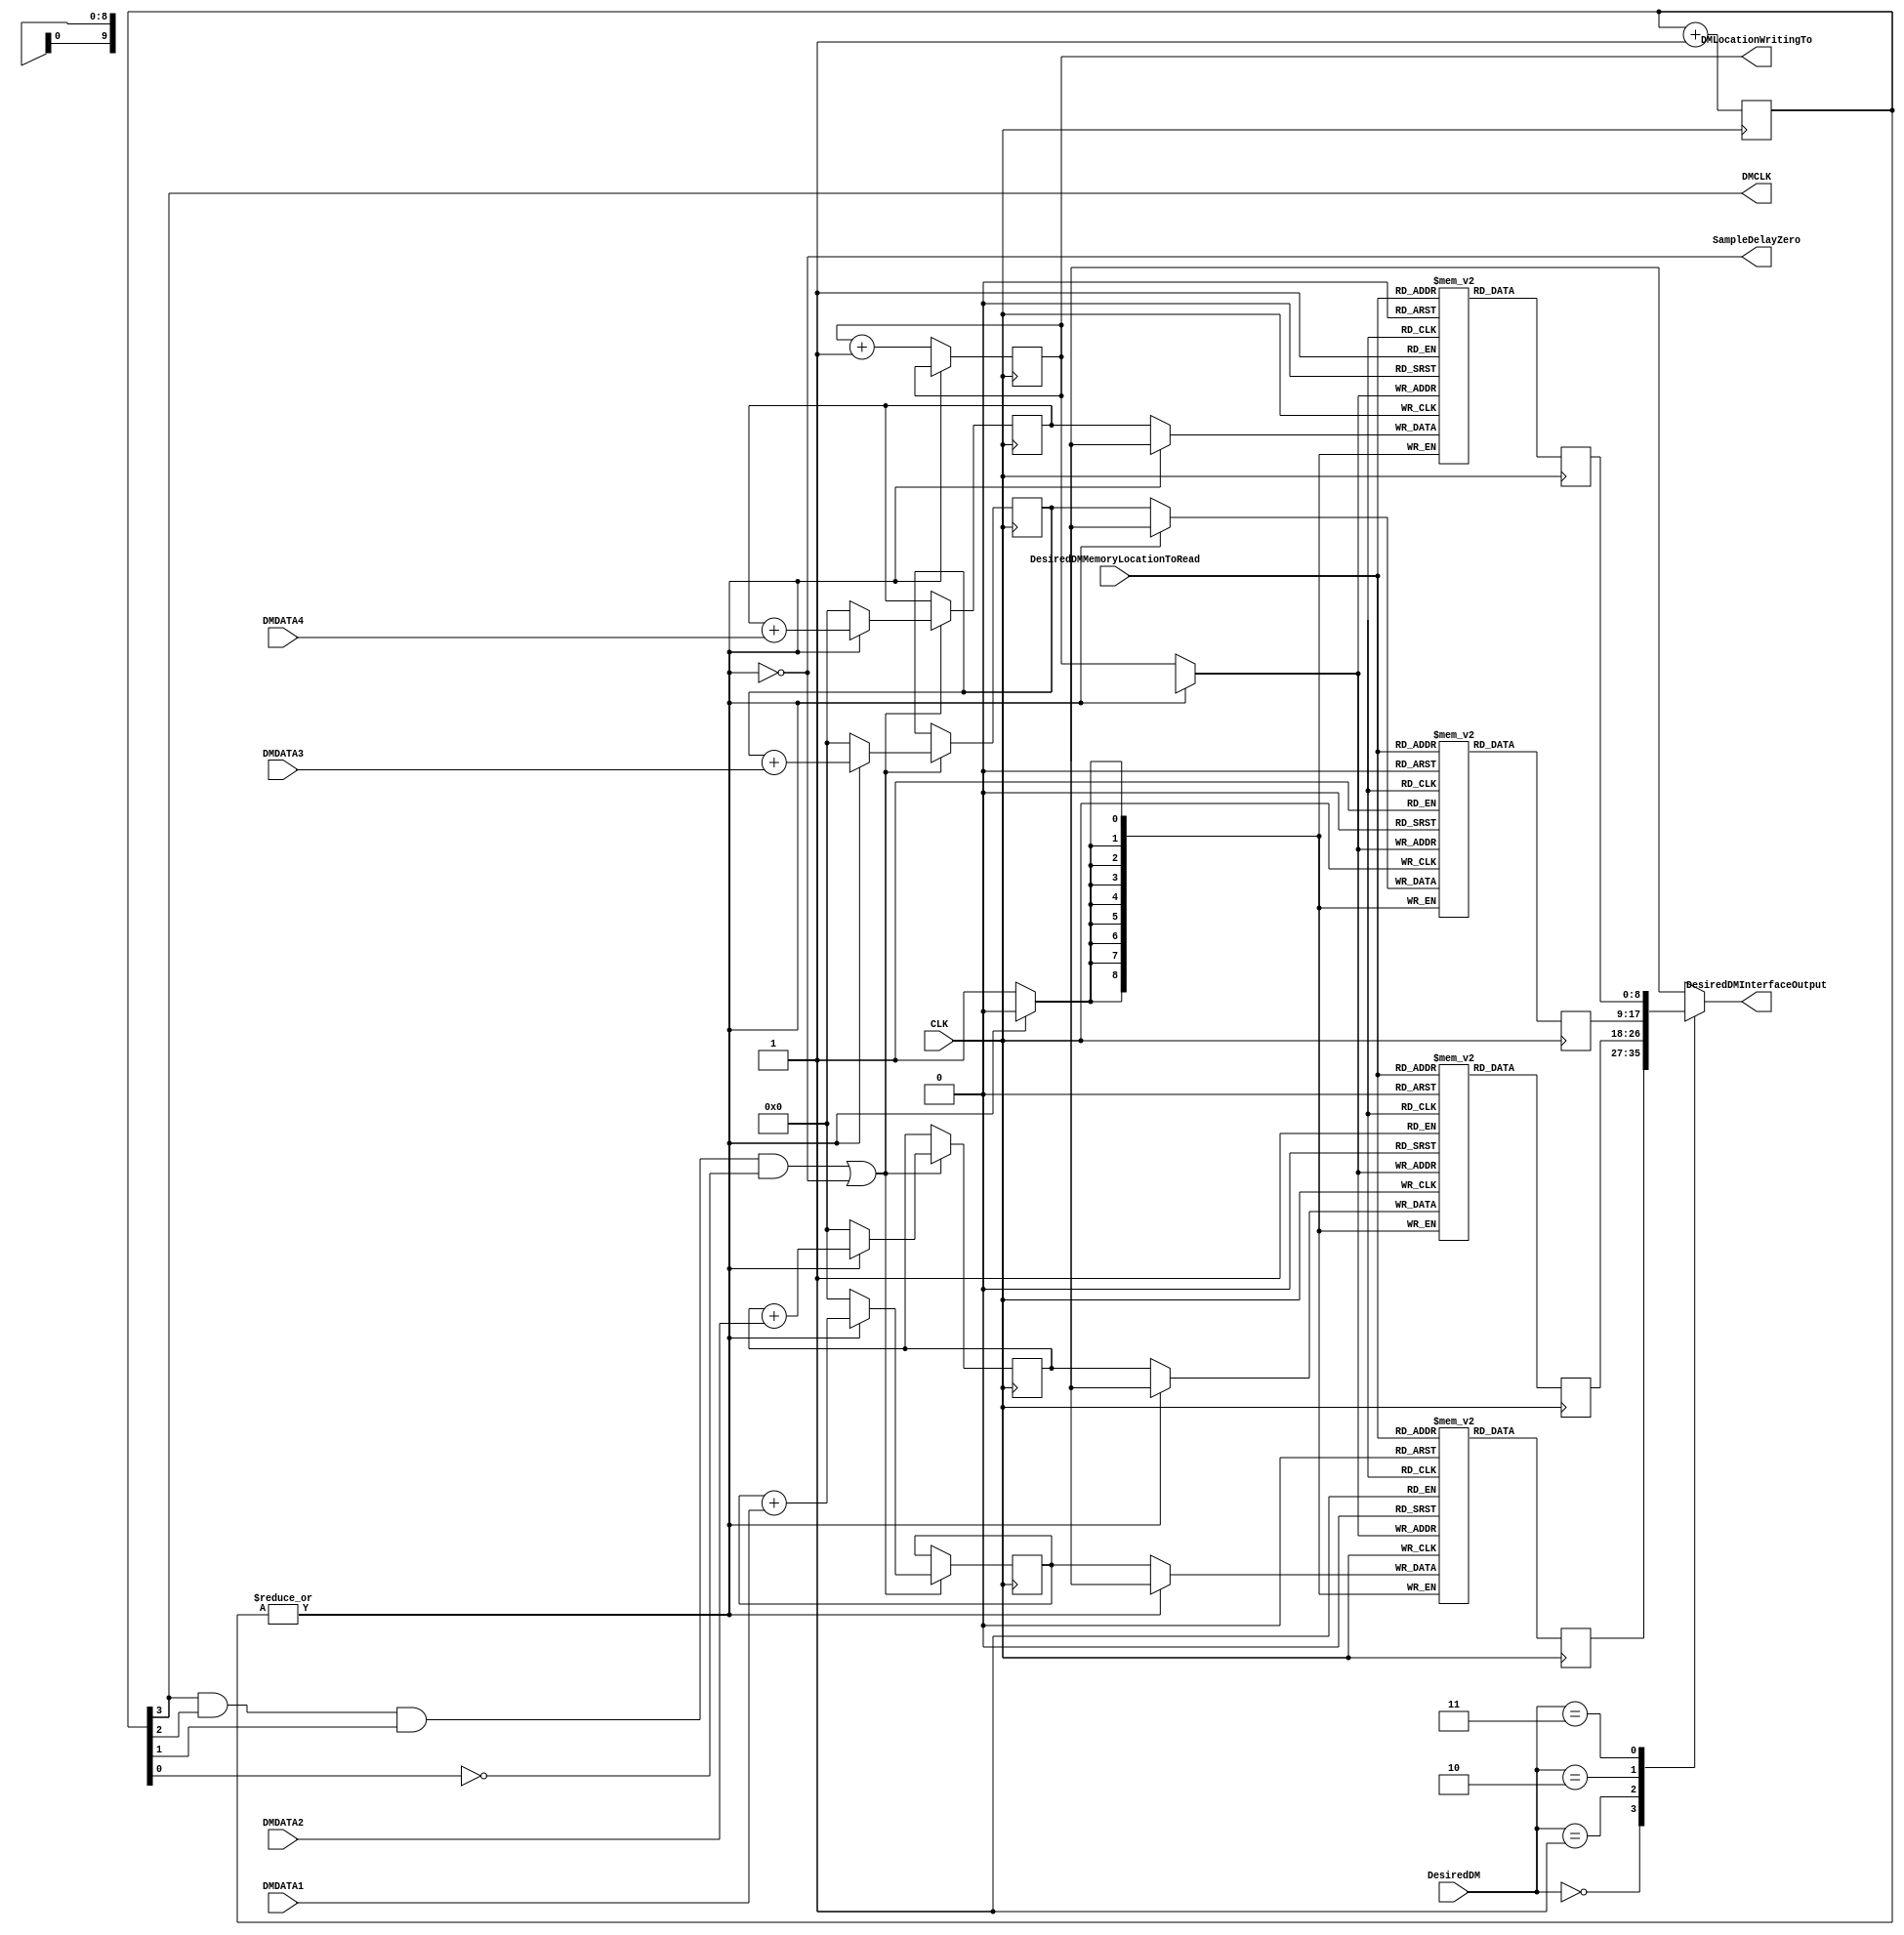
`timescale 1ns / 1ps
//////////////////////////////////////////////////////////////////////////////////
// Design Name:    EMU Device
// Module Name:    DigiMic_Interface
//////////////////////////////////////////////////////////////////////////////////


module DigiMic_Interface(
CLK, 
DesiredDMMemoryLocationToRead, 
DMLocationWritingTo, 
SampleDelayZero,
DesiredDMInterfaceOutput,
DMCLK,
DMDATA1,
DMDATA2,
DMDATA3,
DMDATA4,
DesiredDM
);



input          CLK, DMDATA1, DMDATA2, DMDATA3, DMDATA4;
input  [1:0]   DesiredDM;
input  [9:0]   DesiredDMMemoryLocationToRead;      //Selects location from chosen array.
output         DMCLK, SampleDelayZero;
output [9:0]   DMLocationWritingTo;                //Beware of simultaneous write + read.
output [8:0]   DesiredDMInterfaceOutput;           //The value from the chosen array and location.


reg [8:0]      DMAdder1, DMAdder2, DMAdder3, DMAdder4;
reg [9:0]      DMLocationWritingTo;
reg [8:0]      DesiredDMInterfaceOutput1, DesiredDMInterfaceOutput2, DesiredDMInterfaceOutput3, DesiredDMInterfaceOutput4;
reg [12:0]     SampleDelayCount;

wire           DMCLK, DMDATA1, DMDATA2, DMDATA3, DMDATA4, SampleDelayZero;
wire [1:0]     DesiredDM;

reg [8:0]      DesiredDMInterfaceOutput;

   (* RAM_STYLE="{auto | block |  block_power1 | block_power2}" *)
reg [8:0]      StoredDMValues1 [1023:0];   //512*2 = 1024
   (* RAM_STYLE="{auto | block |  block_power1 | block_power2}" *)
reg [8:0]      StoredDMValues2 [1023:0];   //512*2 = 1024
   (* RAM_STYLE="{auto | block |  block_power1 | block_power2}" *)
reg [8:0]      StoredDMValues3 [1023:0];   //512*2 = 1024
   (* RAM_STYLE="{auto | block |  block_power1 | block_power2}" *)
reg [8:0]      StoredDMValues4 [1023:0];   //512*2 = 1024



/* ////////////////////////////////////////////////////////////

                         Main Code

*/ ////////////////////////////////////////////////////////////

assign   DMCLK = SampleDelayCount[3];  

//Divides the clock by 16, giving a result that syncs with the SampleDelayCount. 
//Every sampling interval, this will send 8,192 / 16, or 512 clock signals to the DigiMic.

// SampleDelayCount 50000000 / 16........./512 ....   Should be 512 * 16 = 8192, or 13 bits gives 12:0

assign SampleDelayZero = ~| SampleDelayCount;    // States that a single data point has been made, ie all 512 bits have been counted

always @(posedge CLK)
begin 
  SampleDelayCount <= SampleDelayCount + 1;  // Out of a maximum of 8,191.
end

always @(posedge CLK)
begin
  if (SampleDelayZero)
  begin
    DMLocationWritingTo <= DMLocationWritingTo + 1;
  end
end


assign    DMRead = (SampleDelayCount[3] && SampleDelayCount[2] && SampleDelayCount[1] && !SampleDelayCount[0]);



////////////////////////////////////////////////////////////////////////////////////////////////////////////////////////////////////////////



always @(posedge CLK)
begin
  if (DMRead || SampleDelayZero)
  begin
    if (SampleDelayZero)
    begin
      DMAdder1 <= 0;
    end
    
    else
    begin
      DMAdder1 <= DMAdder1 + DMDATA1;
    end
  end
end


always @(posedge CLK)
begin
  if (DMRead || SampleDelayZero)
  begin
    if (SampleDelayZero)
    begin
      DMAdder2 <= 0;
    end
    
    else
    begin
      DMAdder2 <= DMAdder2 + DMDATA2;
    end
  end
end


always @(posedge CLK)
begin
  if (DMRead || SampleDelayZero)
  begin
    if (SampleDelayZero)
    begin
      DMAdder3 <= 0;
    end
    
    else
    begin
      DMAdder3 <= DMAdder3 + DMDATA3;
    end
  end
end


always @(posedge CLK)
begin
  if (DMRead || SampleDelayZero)
  begin
    if (SampleDelayZero)
    begin
      DMAdder4 <= 0;
    end
    
    else
    begin
      DMAdder4 <= DMAdder4 + DMDATA4;
    end
  end
end


////////////////////////////////////////////////////////////////////////////////////////////////////////////////////////////////


always @(posedge CLK)
begin
  if (SampleDelayZero)
  begin
    StoredDMValues1[DMLocationWritingTo] <= DMAdder1[8:0];
  end
  
  DesiredDMInterfaceOutput1[8:0] <= StoredDMValues1[DesiredDMMemoryLocationToRead];
end

always @(posedge CLK)
begin
  if (SampleDelayZero)
  begin
    StoredDMValues2[DMLocationWritingTo] <= DMAdder2[8:0];
  end
  
  DesiredDMInterfaceOutput2[8:0] <= StoredDMValues2[DesiredDMMemoryLocationToRead];
end

always @(posedge CLK)
begin
  if (SampleDelayZero)
  begin
    StoredDMValues3[DMLocationWritingTo] <= DMAdder3[8:0];
  end
  
  DesiredDMInterfaceOutput3[8:0] <= StoredDMValues3[DesiredDMMemoryLocationToRead];
end

always @(posedge CLK)
begin
  if (SampleDelayZero)
  begin
    StoredDMValues4[DMLocationWritingTo] <= DMAdder4[8:0];
  end
  
  DesiredDMInterfaceOutput4[8:0] <= StoredDMValues4[DesiredDMMemoryLocationToRead];
end




////////////////////////////////////////////////////////////////////////////////////////////////////////////////////////////////////////




always @(DesiredDM or DesiredDMInterfaceOutput1 or DesiredDMInterfaceOutput2 or DesiredDMInterfaceOutput3 or DesiredDMInterfaceOutput4)
begin
  case (DesiredDM)
    2'b00   : begin
               DesiredDMInterfaceOutput = DesiredDMInterfaceOutput1;
             end
    2'b01   : begin
               DesiredDMInterfaceOutput = DesiredDMInterfaceOutput2;
             end
    2'b10   : begin
               DesiredDMInterfaceOutput = DesiredDMInterfaceOutput3;
             end
    2'b11   : begin
               DesiredDMInterfaceOutput = DesiredDMInterfaceOutput4;
             end
    default: begin
               DesiredDMInterfaceOutput = 9'b0000_0000_0;
             end
  endcase
end		
    

/*
***********************************************************************
*                                                                     *       
*  DMRead  >                                               ****       *   
*                                                                     *      
*                                                                     *      
*  DMMIC   >                       _________________________________  *      
*  ________________________________                                   *     
*                                                                     *        
*  |   |   |   |   |   |   |   |   |   |   |   |   |   |   |   |      *           
*  0   1   2   3   4   5   6   7   8   9  10  11  12  13  14  15   ^  *        
*                                                                     *         
*  **Each number is the positive edge of a clock pulse.               *         
*                                                                     *     
***********************************************************************
*/

endmodule